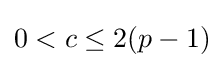
0<c\leq 2(p-1)